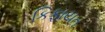
કિફાયત